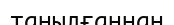
танылғаннан